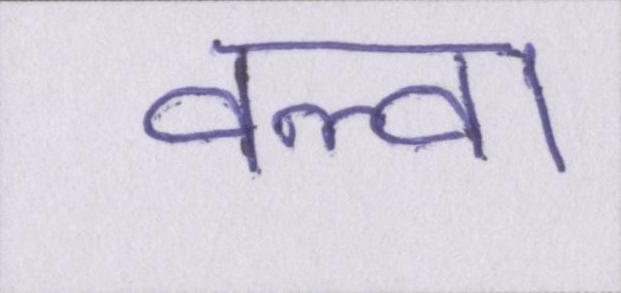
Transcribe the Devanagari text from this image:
वल्वा